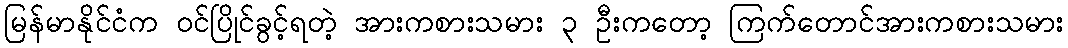
မြန်မာနိုင်ငံက ဝင်ပြိုင်ခွင့်ရတဲ့ အားကစားသမား ၃ ဦးကတော့ ကြက်တောင်အားကစားသမား